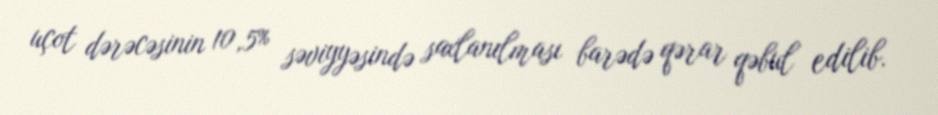
uçot dərəcəsinin 10,5% səviyyəsində saxlanılması barədə qərar qəbul edilib.